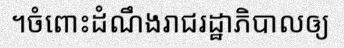
។ចំពោះដំណឹងរាជរដ្ឋាភិបាលឲ្យ